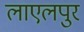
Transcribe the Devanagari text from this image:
लाएलपुर